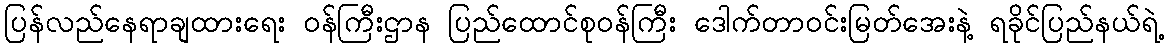
ပြန်လည်နေရာချထားရေး ဝန်ကြီးဌာန ပြည်ထောင်စုဝန်ကြီး ဒေါက်တာဝင်းမြတ်အေးနဲ့ ရခိုင်ပြည်နယ်ရဲ့